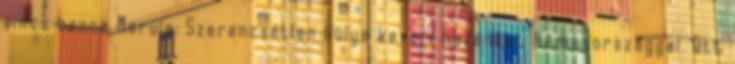
sincs benne Marula: Szerencsétlen hülye keveri hazánkat Németországgal. Ott